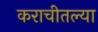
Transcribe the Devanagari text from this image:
कराचीतल्या